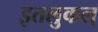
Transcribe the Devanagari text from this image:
इतलुकल्